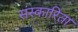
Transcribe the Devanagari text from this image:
संस्कारिता